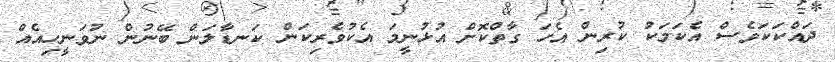
ދައްކަކަވެސް އެކަމަކު ކުރިން އެހަ ގާތްކޮށް އުޅުނީމަ އެކުވެރިކަން ކަނޑާލަން ބޭނުން ނުވަނީހިއެއް